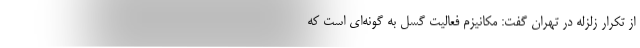
از تکرار زلزله در تهران گفت: مکانیزم فعالیت گسل به گونه‌ای است که